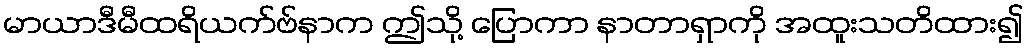
မာယာဒီမီထရိယက်ဗ်နာက ဤသို့ ပြောကာ နာတာရှာကို အထူးသတိထား၍